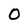
Character: O